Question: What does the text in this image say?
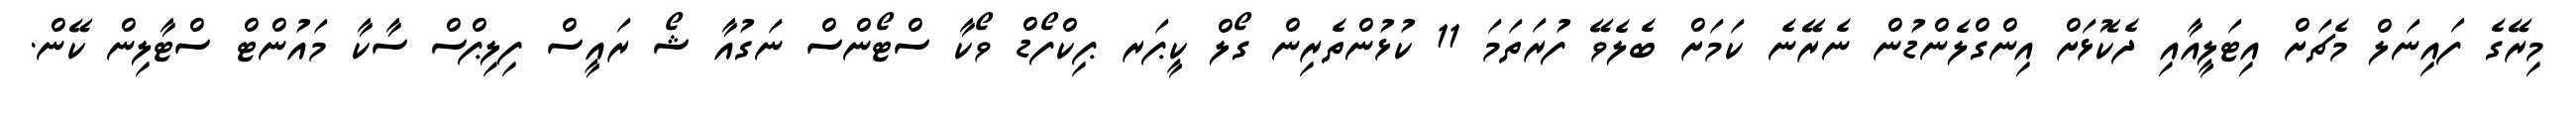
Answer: މިރޭގެ ފައިނަލް މެޗަށް އިޓަލީއާއި ދެކޮޅަށް އިންގްލެންޑުން ނެރޭނެ ކަމަށް ބެލެވޭ ފުރަތަމަ 11 ކުޅުންތެރިން ގޯލް ކީޕަރ ޕިކްފޯޑް ވޯކާ ސްޓޯންސް ނަގުއާ ޝޯ ރައީސް ފިލިޕްސް ސާކާ މައުންޓް ސްޓާލިން ކޭން.